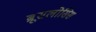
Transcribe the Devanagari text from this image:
ब्रूसलोसिस